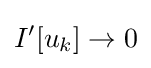
I'[u_{k}]\rightarrow 0